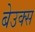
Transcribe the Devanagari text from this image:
बेउक्स